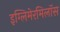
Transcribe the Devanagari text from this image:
इग्लिमेरमिलॉस